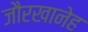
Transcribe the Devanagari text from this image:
जौरखानेह